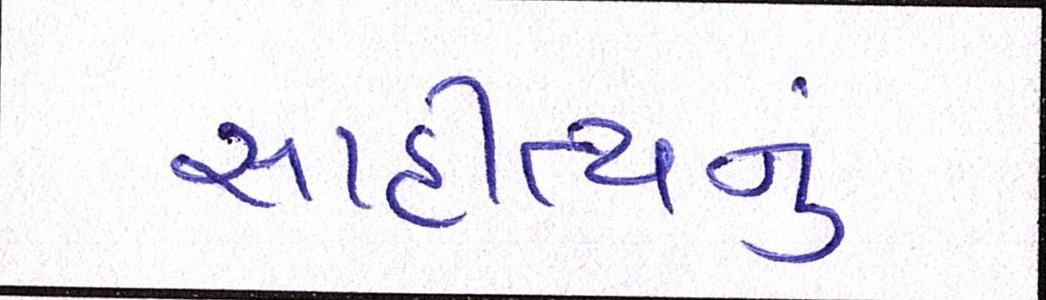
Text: સાહીત્યનું